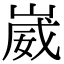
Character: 崴